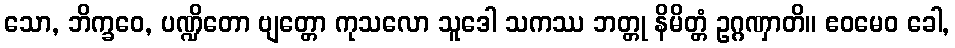
သော, ဘိက္ခဝေ, ပဏ္ဍိတော ဗျတ္တော ကုသလော သူဒေါ သကဿ ဘတ္တု နိမိတ္တံ ဥဂ္ဂဏှာတိ။ ဧဝမေဝ ခေါ,